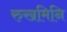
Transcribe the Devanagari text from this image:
रुखमिनि